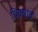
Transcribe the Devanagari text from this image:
विक्यात